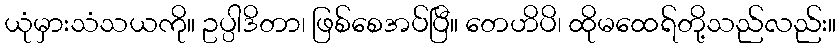
ယုံမှားသံသယကို။ ဥပ္ပါဒိတာ၊ ဖြစ်စေအပ်ပြီ။ တေဟိပိ၊ ထိုမထေရ်တို့သည်လည်း။